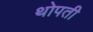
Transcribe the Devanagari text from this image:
थोपती